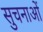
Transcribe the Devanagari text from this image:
सुचनाओं